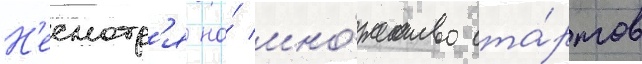
Н'есмотр'я на́ мно́жество ста́ртов